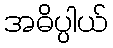
အဓိပ္ပါယ်